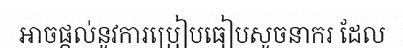
ឤចផ្តល់នូវការប្រៀបធៀបសូចនាករ ដែល